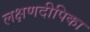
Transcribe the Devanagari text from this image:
लक्षणदीपिका